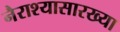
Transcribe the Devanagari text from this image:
नैराश्यासारख्या